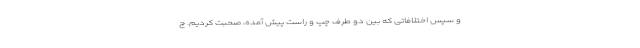
و سپس اختلافاتى كه بین دو طرف چپ و راست پیش ‌آمده، صحبت‌ كردیم. چ